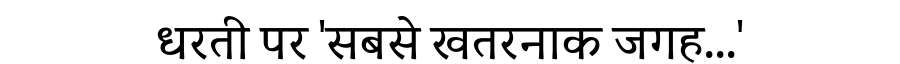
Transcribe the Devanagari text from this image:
धरती पर 'सबसे खतरनाक जगह...'